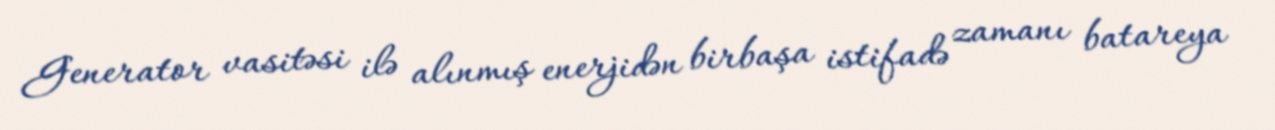
Generator vasitəsi ilə alınmış enerjidən birbaşa istifadə zamanı batareya